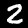
Label: 2